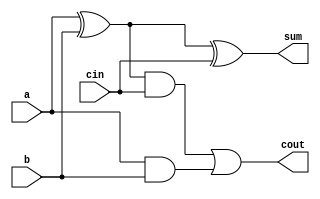
module fa(a,b,cin,sum,cout);
    input a,b,cin;
    output sum,cout;
    wire e,f,g;
    xor x1(e,a,b);
    xor x2(sum,e,cin);
    and g1(f,e,cin);
    and g2(g,a,b);
    or g3(cout,f,g);
endmodule